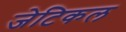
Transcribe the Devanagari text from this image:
जेटिकल